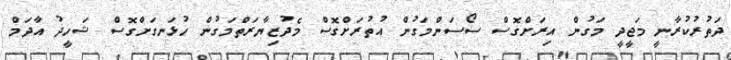
ދަތުރުކުރާނީ މަޖީދީ މަގުން އިރަށްގޮސް ސޯސަންމަގުން އުތުރަށްގޮސް މެދުޒިޔާރަތްމަގުން ހުޅަނގަށްގޮސް ޝަހީދު އާދަމް